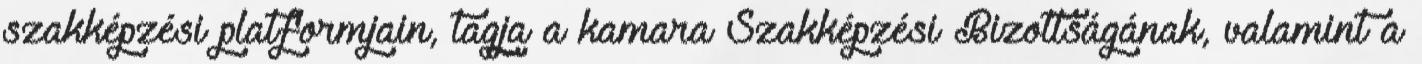
szakképzési platformjain, tagja a kamara Szakképzési Bizottságának, valamint a